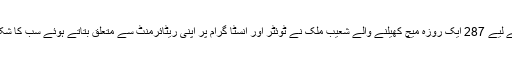
پاکستان کے لیے 287 ایک روزہ میچ کھیلنے والے شعیب ملک نے ٹوئٹر اور انسٹا گرام پر اپنی ریٹائرمنٹ سے متعلق بتاتے ہوئے سب کا شکریہ ادا کیا۔